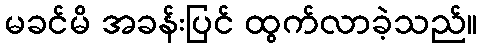
မခင်မိ အခန်းပြင် ထွက်လာခဲ့သည်။